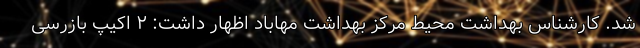
شد. کارشناس بهداشت محیط مرکز بهداشت مهاباد اظهار داشت: ۲ اکیپ بازرسی